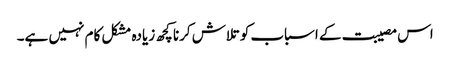
اس مصیبت کے اسباب کو تلاش کرنا کچھ زیادہ مشکل کام نہیں ہے۔